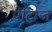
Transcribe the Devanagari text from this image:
पेंटिग्ज